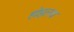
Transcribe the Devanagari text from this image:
होइलच